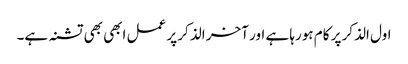
اول الذکر پر کام ہورہا ہے اور آخر الذکر پر عمل ابھی بھی تشنہ ہے۔